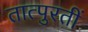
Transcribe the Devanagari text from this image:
तात्पुरतीं